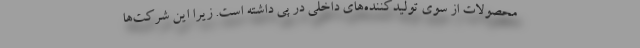
محصولات از سوی تولیدکننده‌های داخلی در پی داشته است. زیرا این شرکت‌ها